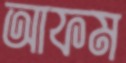
আফম